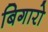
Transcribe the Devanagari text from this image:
बिगारो